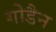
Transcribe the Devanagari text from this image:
गोडैन